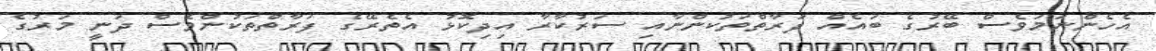
އެހެންނަމަވެސް ބޭރުގެ ބައެއް ފަރާތްތަކުންނާއި ސަރުކާރާ އިދިކޮޅު އެތެރޭގެ ފަރާތްތަކުންވެސް ދަނީ މަރުގެ